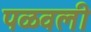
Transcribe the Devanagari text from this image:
पळवली